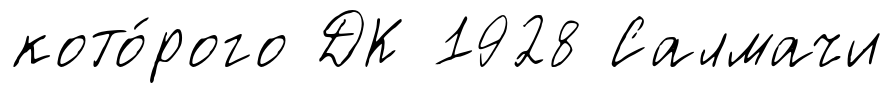
кото́рого ДК 1928 Салмачи